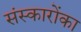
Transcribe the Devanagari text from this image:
संस्कारोंका